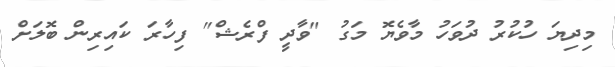
މިދިޔަ ހުކުރު ދުވަހު މާވެޔޮ މަގު "ވާދީ ފްރެޝް" ފިހާރަ ކައިރިން ބޮލަށް